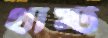
থার্স্ট